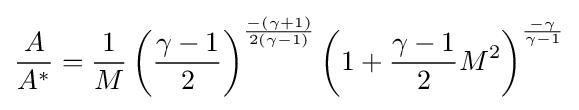
{\frac {A}{A^{*}}}={\frac {1}{M}}\left({\frac {\gamma -1}{2}}\right)^{\frac {-(\gamma +1)}{2(\gamma -1)}}\left(1+{\frac {\gamma -1}{2}}M^{2}\right)^{\frac {-\gamma }{\gamma -1}}